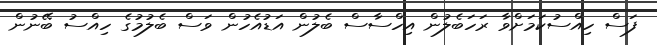
ފަސް ހިއްސުކަމަށްވާ ރަހަބެލުން އިހްސާސް ބެލުން އަޑުއެހުން ވަސް ބެލުމުގެ ހިއްސު ބޭނުން